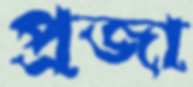
প্রজা